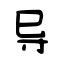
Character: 导